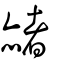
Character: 赭